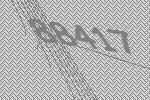
88417